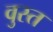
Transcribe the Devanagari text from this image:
वुस्त